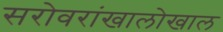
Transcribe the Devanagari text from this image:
सरोवरांखालोखाल